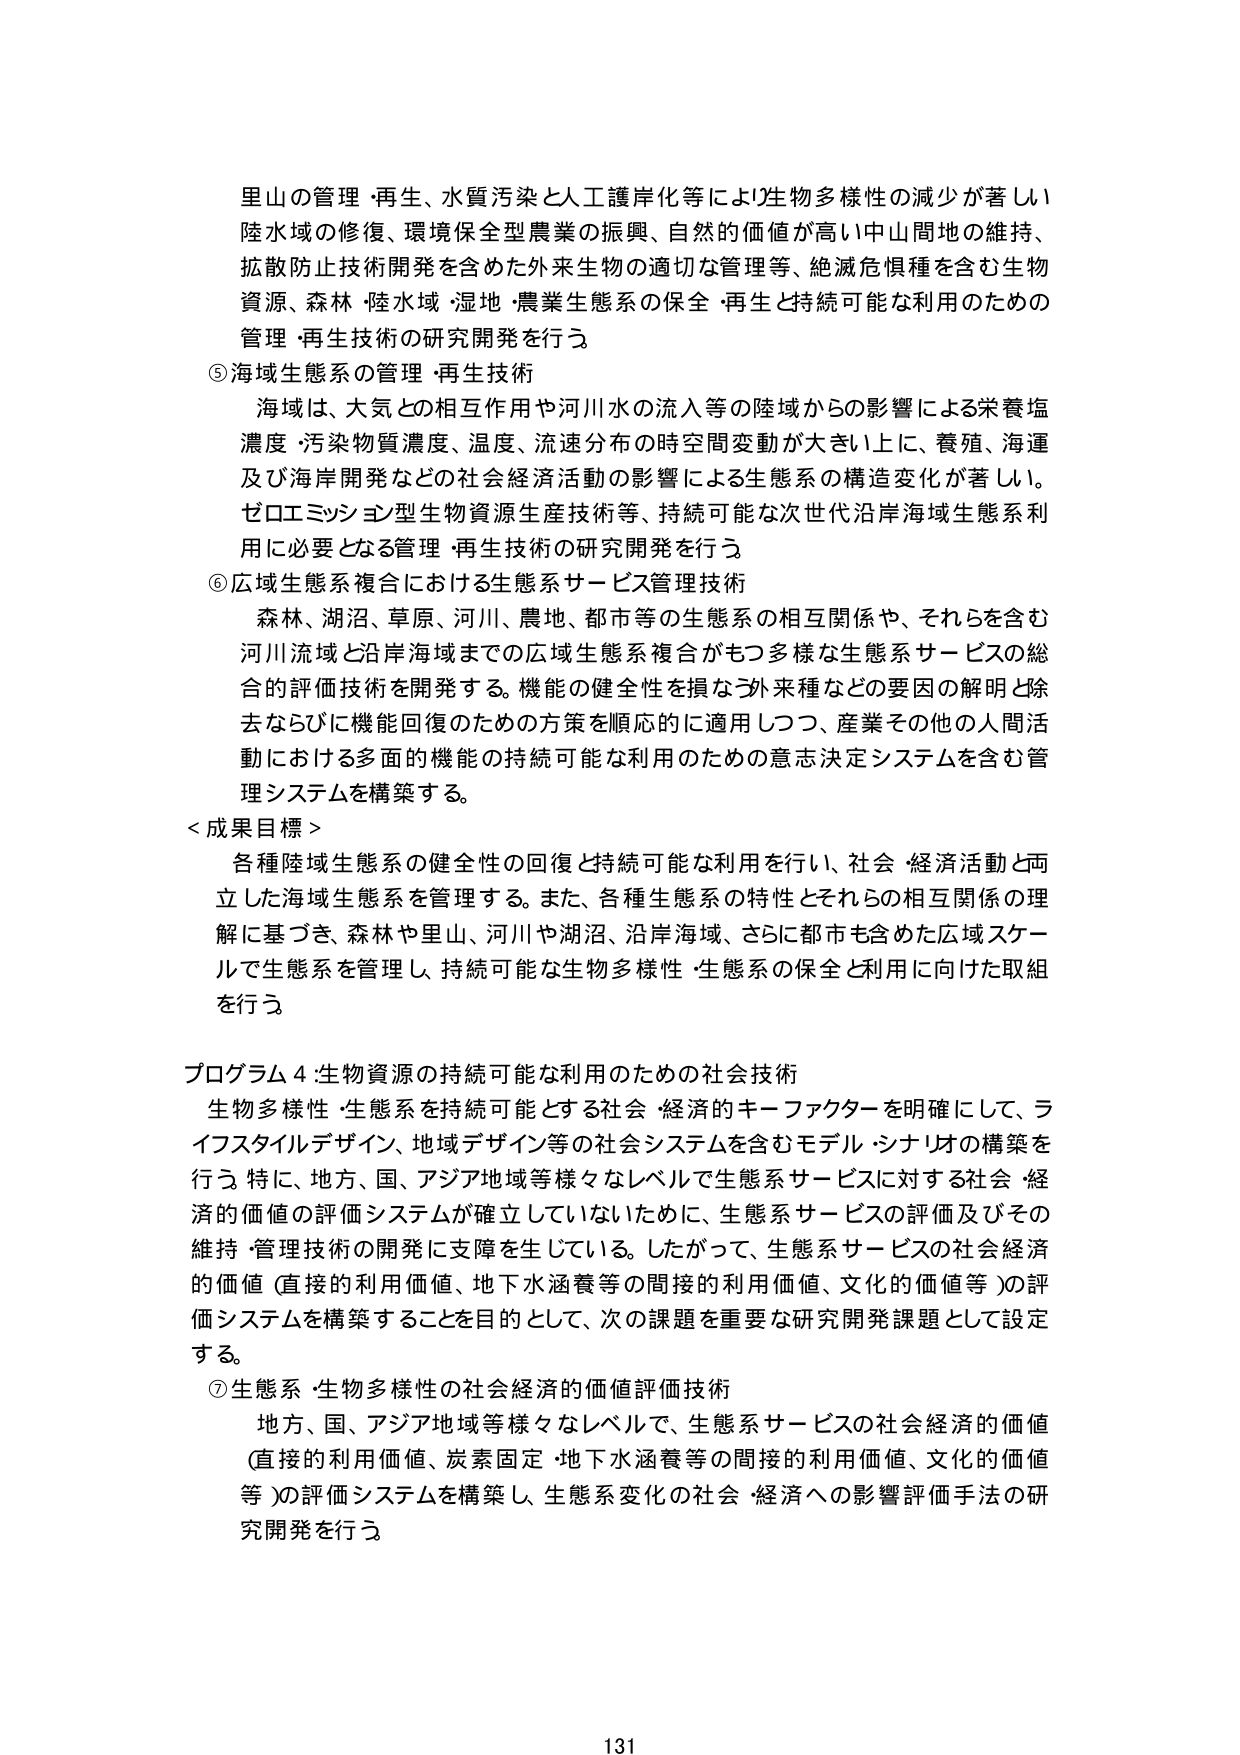
里山の管理・再生、水質汚染と人工護岸化等により生物多様性の減少が著しい陸水域の修復、環境保全型農業の振興、自然的価値が高い中山間地の維持、拡散防止技術開発を含めた外来生物の適切な管理等、絶滅危惧種を含む生物資源、森林・陸水域・湿地・農業生態系の保全・再生と持続可能な利用のための管理・再生技術の研究開発を行う

⑤海域生態系の管理・再生技術
海域は、大気との相互作用や河川水の流入等の陸域からの影響による栄養塩濃度・汚染物質濃度、温度、流速分布の時空間変動が大きい上に、養殖、海運及び海岸開発などの社会経済活動の影響による生態系の構造変化が著しい。ゼロエミッション型生物資源生産技術等、持続可能な次世代沿岸海域生態系利用に必要となる管理・再生技術の研究開発を行う

⑥広域生態系複合における生態系サービス管理技術
森林、湖沼、草原、河川、農地、都市等の生態系の相互関係や、それらを含む河川流域と沿岸海域までの広域生態系複合がもつ多様な生態系サービスの総合的評価技術を開発する。機能の健全性を損なう外来種などの要因の解明と除去ならびに機能回復のための方策を順応的に適用しつつ、産業その他の人間活動における多面的機能の持続可能な利用のための意志決定システムを含む管理システムを構築する。

＜成果目標＞
各種陸域生態系の健全性の回復と持続可能な利用を行い、社会・経済活動と両立した海域生態系を管理する。また、各種生態系の特性とそれらの相互関係の理解に基づき、森林や里山、河川や湖沼、沿岸海域、さらに都市も含めた広域スケールで生態系を管理し、持続可能な生物多様性・生態系の保全と利用に向けた取組を行う

プログラム4：生物資源の持続可能な利用のための社会技術
生物多様性・生態系を持続可能とする社会・経済的キーファクターを明確にして、ライフスタイルデザイン、地域デザイン等の社会システムを含むモデル・シナリオの構築を行う。特に、地方、国、アジア地域等様々なレベルで生態系サービスに対する社会・経済的価値の評価システムが確立していないために、生態系サービスの評価及びその維持・管理技術の開発に支障を生じている。したがって、生態系サービスの社会経済的価値（直接的利用価値、地下水涵養等の間接的利用価値、文化的価値等）の評価システムを構築することを目的として、次の課題を重要な研究開発課題として設定する。

⑦生態系・生物多様性の社会経済的価値評価技術
地方、国、アジア地域等様々なレベルで、生態系サービスの社会経済的価値（直接的利用価値、炭素固定・地下水涵養等の間接的利用価値、文化的価値等）の評価システムを構築し、生態系変化の社会・経済への影響評価手法の研究開発を行う

131